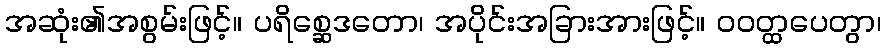
အဆုံး၏အစွမ်းဖြင့်။ ပရိစ္ဆေဒတော၊ အပိုင်းအခြားအားဖြင့်။ ဝဝတ္ထပေတွာ၊